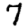
Digit: 7